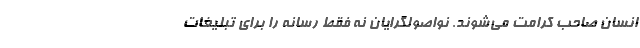
انسان صاحب كرامت می‌شوند. نواصولگرایان نه فقط رسانه را برای تبلیغات